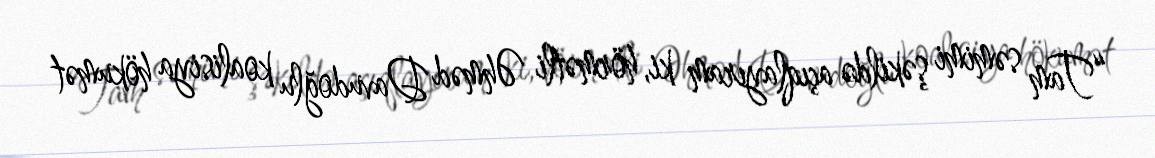
“Tam səmimi şəkildə açıqlayıram ki, hörmətli Əhməd Davudoğlu koalisiya hökumət